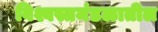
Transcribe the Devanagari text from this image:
विश्वस्तमंडळातील